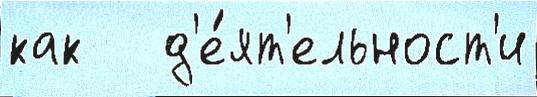
как   д'е́ят'ельност'и